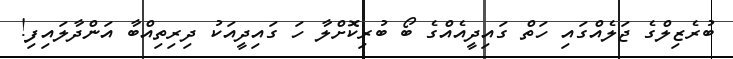
ބުރެޒިލްގެ ޖަލެއްގައި ހަތް ގައިދީއެއްގެ ބޯ ބުރިކޮށްލާ ހަ ގައިދީއަކު ދިރިތިއްބާ އަންދާލައިފި!